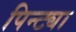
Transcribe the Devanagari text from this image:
पिन्ट्या